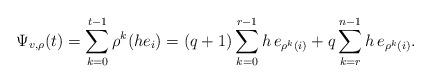
LaTeX: \begin{align*}\Psi_{v,\rho}(t) = \sum_{k=0}^{t-1} \rho^k(he_i)= (q+1) \sum_{k=0}^{r-1} h \, e_{\rho^{k}(i)} + q \sum_{k=r}^{n-1} h \, e_{\rho^{k} (i)}.\end{align*}